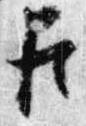
臣